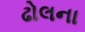
ઢોલના